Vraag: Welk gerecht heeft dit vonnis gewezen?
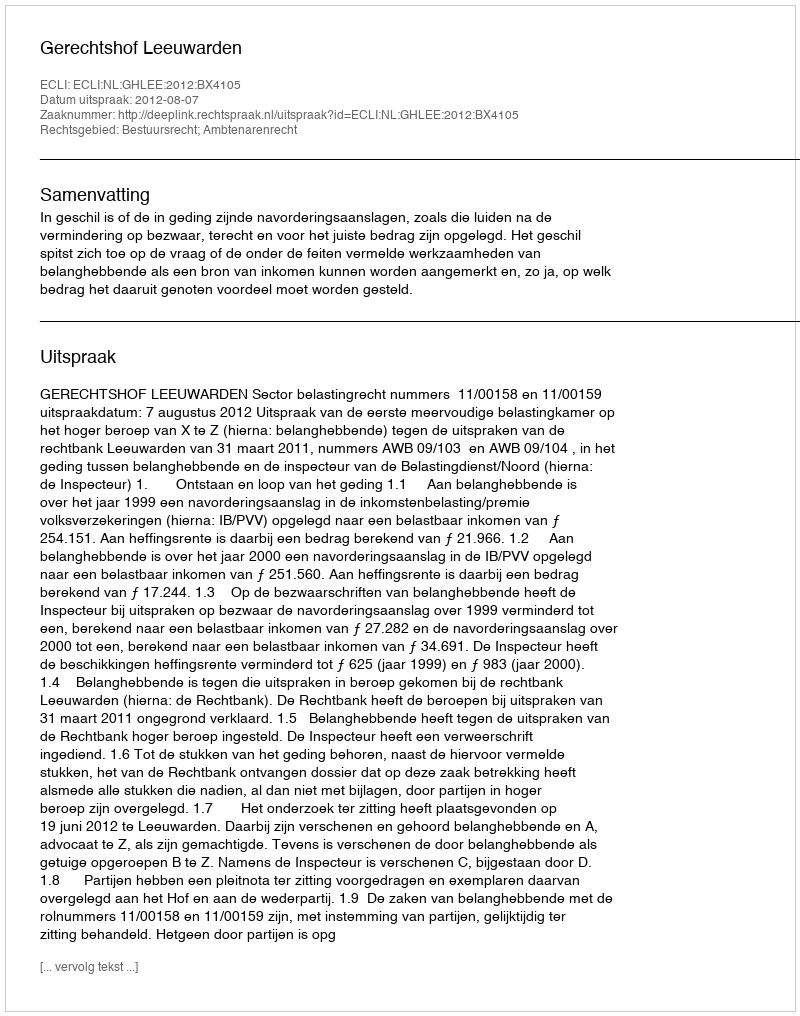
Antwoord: Gerechtshof Leeuwarden